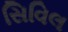
સિવિલ